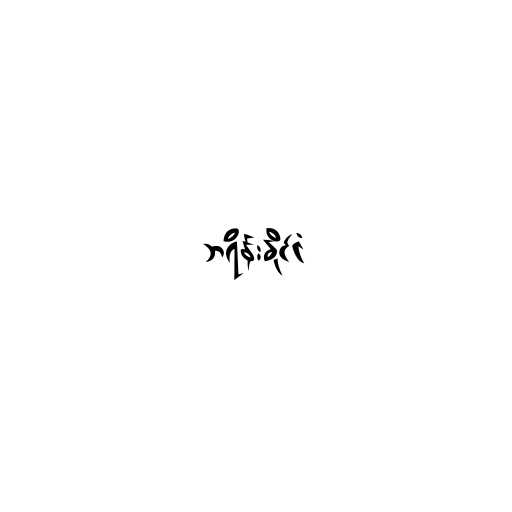
ဘရိန်းနိုင်ငံ